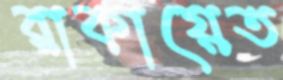
রাকায়েত